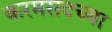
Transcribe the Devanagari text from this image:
करमसदच्या